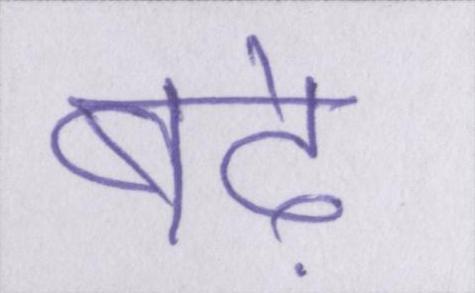
बढ़े